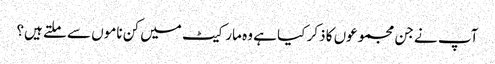
آپ نے جن مجموعوں کا ذکر کیا ہے وہ مارکیٹ میں کن ناموں سے ملتے ہیں؟